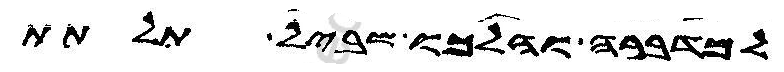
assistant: למדברה והלכו שביל תלתת